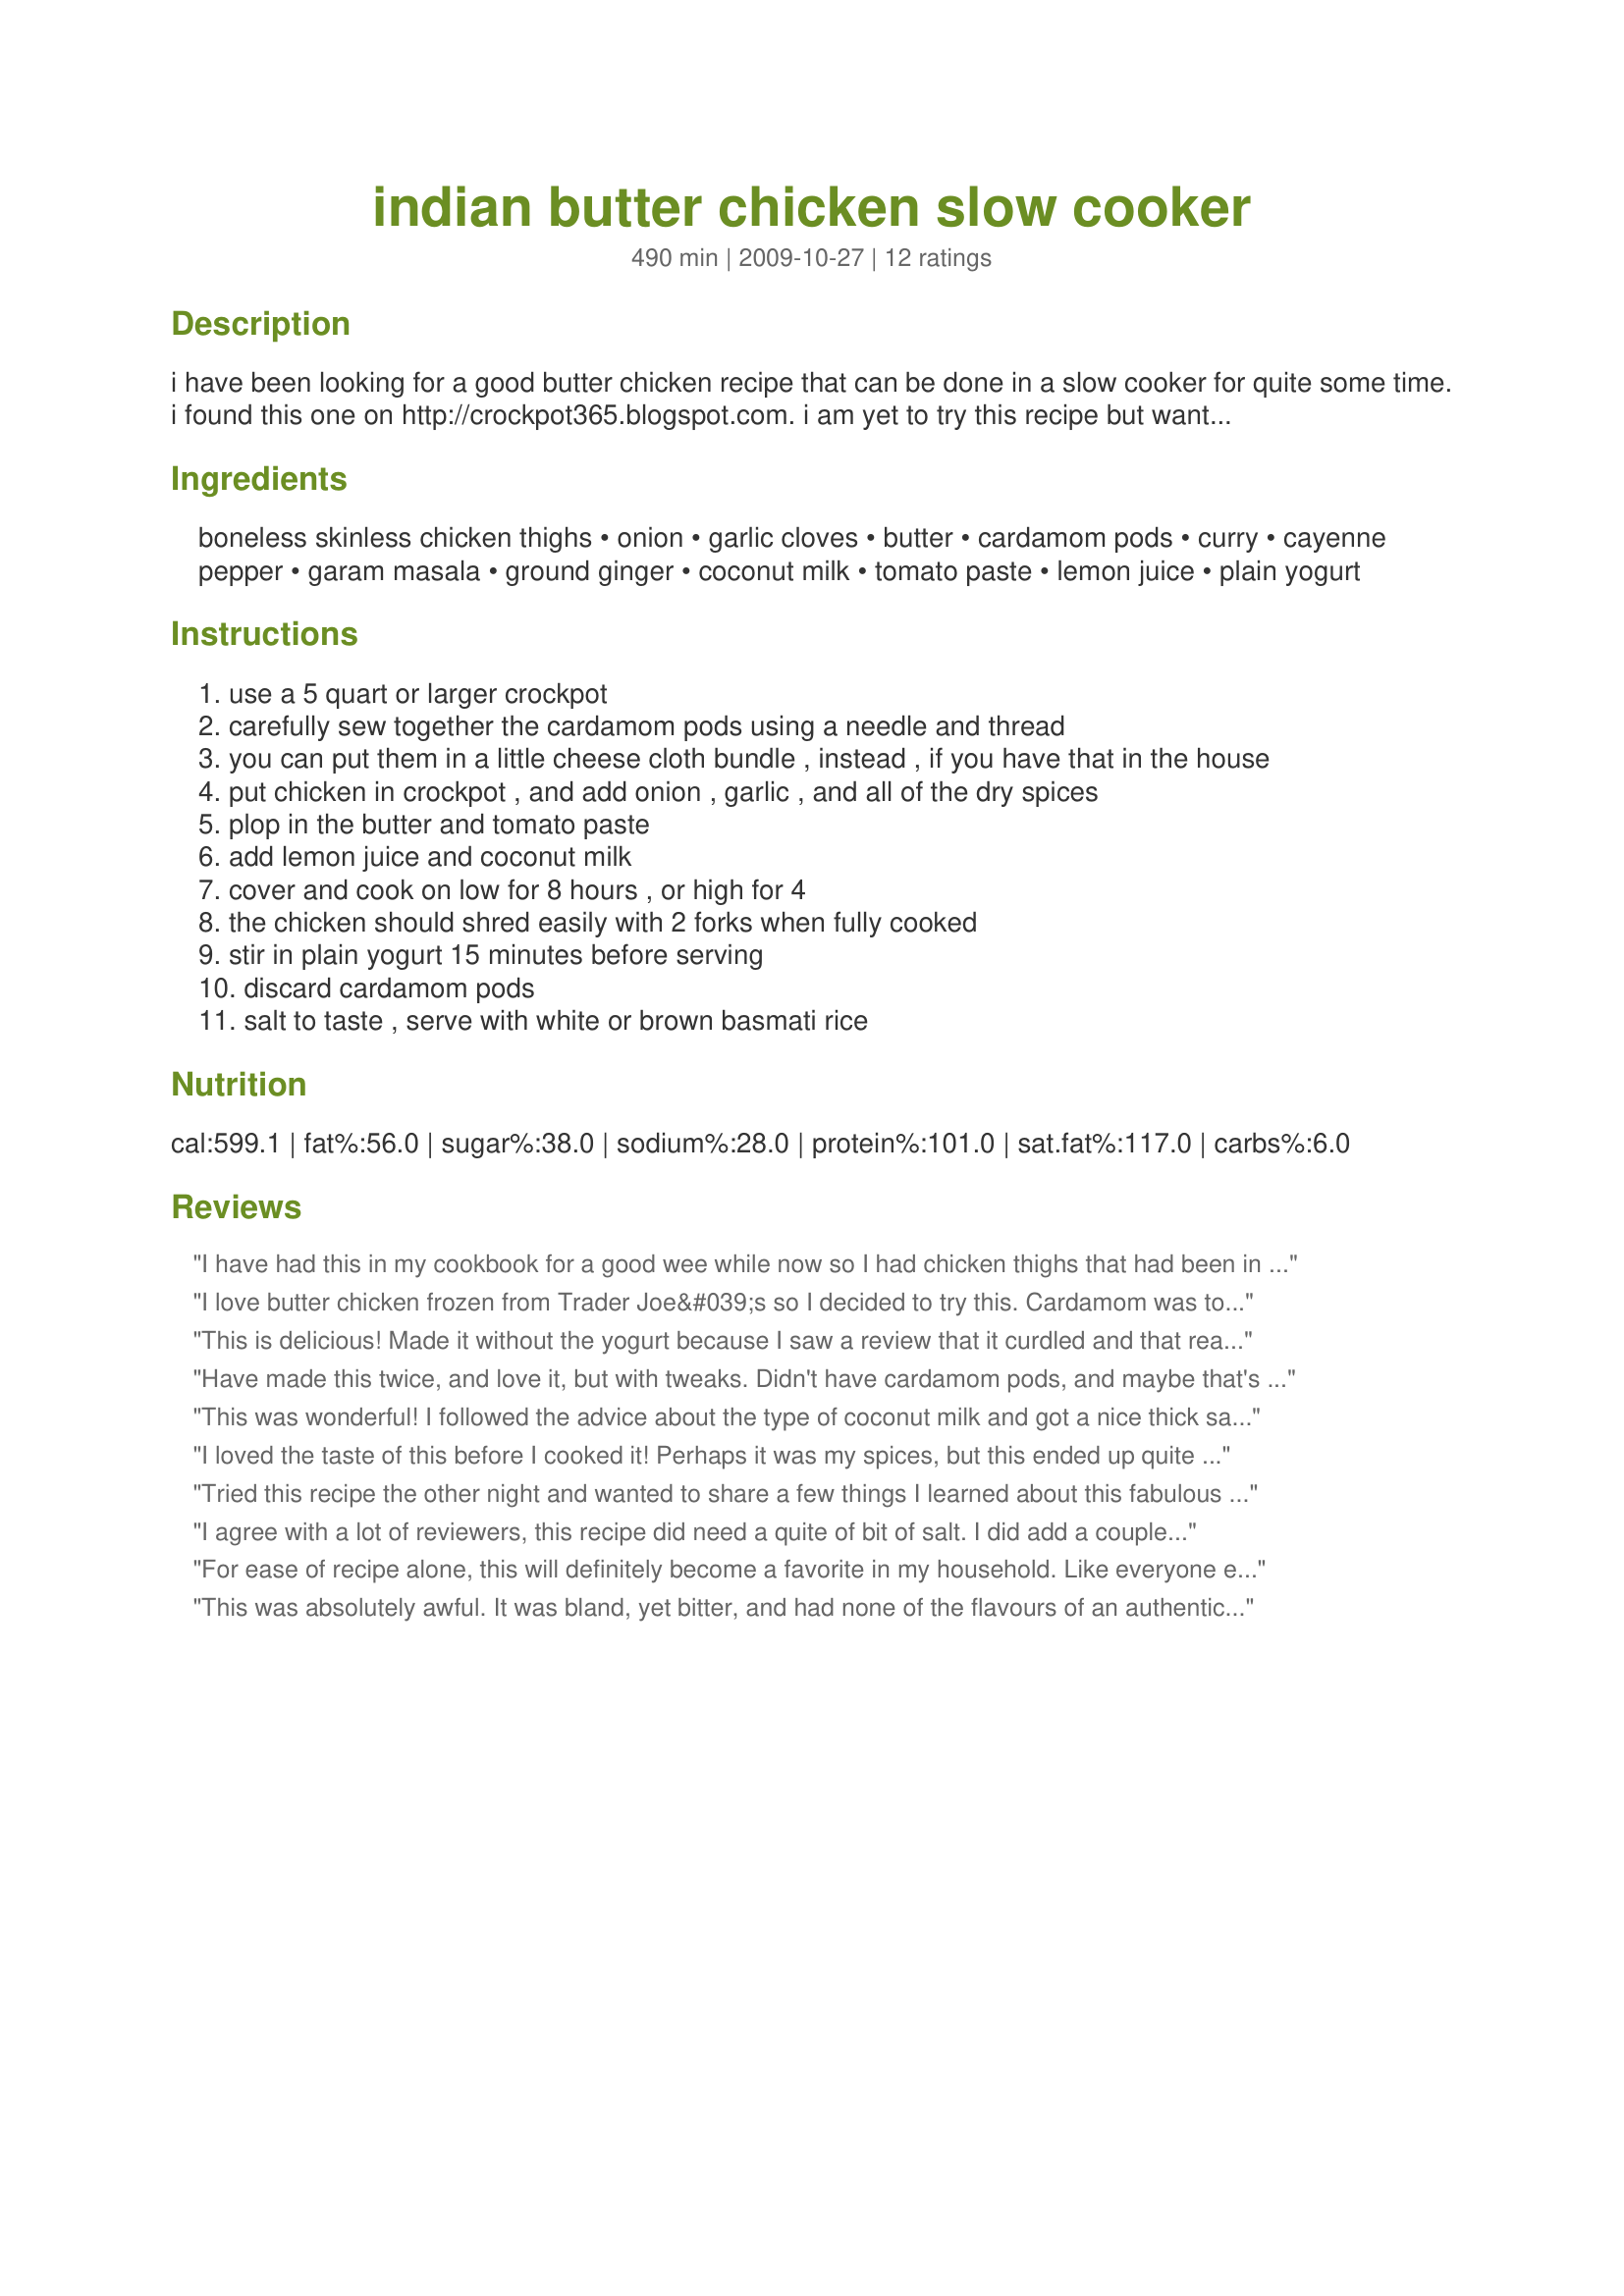
indian butter chicken slow cooker
Preparation time: 490 minutes

i have been looking for a good butter chicken recipe that can be done in a slow cooker for quite some time. i found this one on http://crockpot365.blogspot.com. i am yet to try this recipe but wanted to post it so i wouldn't lose it. these notes are posted with the recipe: this is so good! i could have gone with a bit more cayenne, because i'm a nut, but the depth of flavor is wonderful. you can tweak the amount of garam masala and curry to your own taste---it's fine to add more at the end of cooking.

this is a winner recipe. thank you so much, kindra!

Ingredients:
boneless skinless chicken thighs, onion, garlic cloves, butter, cardamom pods, curry, cayenne pepper, garam masala, ground ginger, coconut milk, tomato paste, lemon juice, plain yogurt

Steps:
use a 5 quart or larger crockpot
carefully sew together the cardamom pods using a needle and thread
you can put them in a little cheese cloth bundle , instead , if you have that in the house
put chicken in crockpot , and add onion , garlic , and all of the dry spices
plop in the butter and tomato paste
add lemon juice and coconut milk
cover and cook on low for 8 hours , or high for 4
the chicken should shred easily with 2 forks when fully cooked
stir in plain yogurt 15 minutes before serving
discard cardamom pods
salt to taste , serve with white or brown basmati rice

Reviews:
I have had this in my cookbook for a good wee while now so I had chicken thighs that had been in the freezer long enough so I made it for dinner. My chicken was half frozen, so I just put everything in the pot and wow!!! 4 hours later with my crock on high, butter chicken It couldn't be easier I have made butter chicken on the stove top but never in the crock pot and it was very good with just one dish to clean up, and of course my rice cooker fantastic. No one likes washing up so I think this is just great. I will make it again but I think I would add a wee bit sugar it takes the edge from the tomato paste. Thank you for a very nice curry.
I love butter chicken frozen from Trader Joe&#039;s so I decided to try this. Cardamom was too expensive so I found it could be replaced by cinnamon and nutmeg so I did that and it smelled great the whole time it was cooking, but at the end when I added Greek yogurt it instantly curdled and separated ! I thought it just needed to cook more so after 15 min I tasted it and it had become a sour bitter horrible mess! I don&#039;t know what I did wrong : ( could it be the lack of cardamom ? I&#039;m usually a pretty good cook so maybe I just got some bad yogurt, I don&#039;t know.
This is delicious! Made it without the yogurt because I saw a review that it curdled and that really grossed me out. It was really, really good even without the tang and thickness of the yogurt. I also substituted 1 tsp ground cardamom instead of the pods because I couldn&#039;t find them. I will definitely make this again.
Have made this twice, and love it, but with tweaks. Didn't have cardamom pods, and maybe that's why I had to tweak it. We like it better with about a tablespoon of brown sugar and some cinnamon, as well as some extra curry powder. Definitely add some salt (a teaspoon or more) to make it come together. So easy, smells great, and is wonderful with naan. We all love it, even my 11 year old!
This was wonderful! I followed the advice about the type of coconut milk and got a nice thick sauce. Also I have a recommendation for the cardamom pods - instead of using cheesecloth, I put them in a tea ball. That worked quite well.
I loved the taste of this before I cooked it! Perhaps it was my spices, but this ended up quite bitter for me. Reviewers mention adding salt and sugar -- after 1 1/2 t. salt and 3 T. sugar it tasted much better. I avoided the g. masala because my curry had enough heat in it; I also made coconut milk using 100g of creamed coconut so as to avoid the watery sauce cathy_n mentions. Most Indian recipes I've tried are pretty bad compared to restaurants. This one didn't end up as good as I thought it would, but it definitely has potential and has obviously worked for several reviewers here.
Tried this recipe the other night and wanted to share a few things I learned about this fabulous dish. (1.) I substituted chicken legs instead of thighs just fine. I'll probably skin my chicken first next time. The skin seemed to inhibit the meat from absorbing flavor. (2.) "Coconut milk" seems to come in two basic varieties: Asian and Spanish. You'll find them in their respective sections of the supermarkets. Asian tends to be thicker and more expensive. Goya tends to be a bit thinner and cheaper. I used Goya. (3.) Because this is in a crock pot, the sauce doesn't reduce much. It'll be a bit thinner than the stuff you get in restaurants. Maybe if I used the thicker coconut milk, the sauce would have been thicker. (4.) As a previous commenter noted, don't be shy with the salt. You probably need at least half a teaspoon. You can add it in at the end along with the yogurt and taste. (5.) Reheat leftovers slowly and gently.
I agree with a lot of reviewers, this recipe did need a quite of bit of salt. I did add a couple teaspoons of sugar as well. I ground my own cardamom pods equivalent to what the recipe called for and it was all the house smelled like. It was sweet and very smooth. Definitely will make again!
For ease of recipe alone, this will definitely become a favorite in my household. Like everyone else had said, it does need a copious amount of salt but that is easy to add at the end. I didn't have any cardamom pods so I substituted a teaspoon of ground cardamom (which was plenty!) and it lent a cool sweetness to the end product. It was also a bit soupy for me but instead of plain yogurt, I opted for Greek and it thickened it to a rich, velvety texture.
This was absolutely awful. It was bland, yet bitter, and had none of the flavours of an authentic butter chicken. It left a terrible after taste as well. I am not picky and I could not finish this. Very disappointing. I was really looking forward to this and made it exactly as the recipe called for. I will not be making this again.
I modified the recipe some: only 1 TBSP lemon juice and omitted the yogurt to make it dairy free.I did also think it was spicy but otherwise bland when I tasted it. I added about a tsp of salt and about 2 tsp of sugar. Excellent results in the end !!
Stumbled across this one; if you haven't made it yet, you should! Made it without cardamom pods (kids and store was closed!) and yogurt. Was a mega hit with the kids (7&9 - the chicken was "awesome"). We've made others off the site, but this one seems to beat all...only reason for not being a 5 was missed igredients. Thanks!
